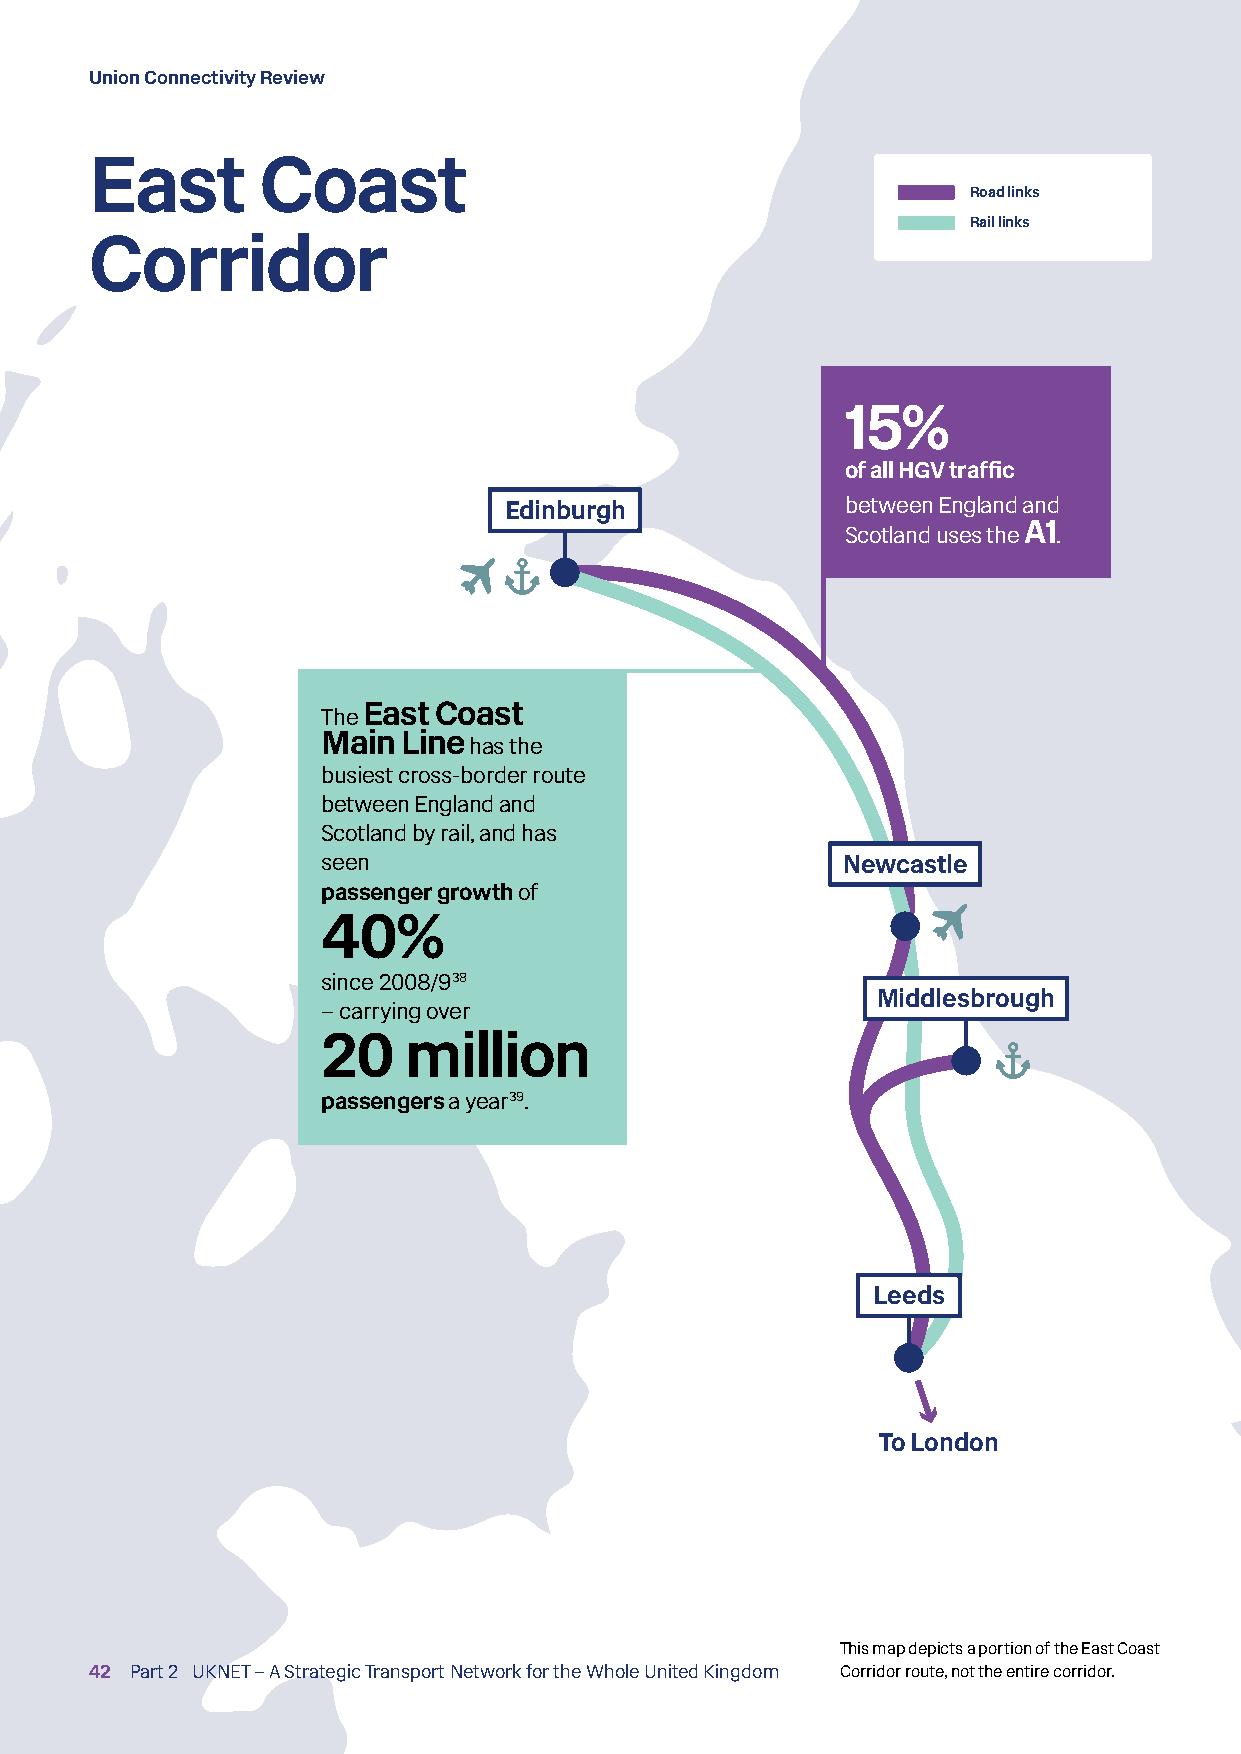
Union Connectivity Review
 East       Coast
 Road links
 Rail links
 Corridor
 15%
 of all HGV traffic
 Edinburgh              between England and
 Scotland uses the A1.
 The East Coast
 Main  Line has the
 busiest cross-border route
 between England and
 Scotland by rail, and has
 seen                               Newcastle
 passenger growth of
 40%
 since 2008/938
 Middlesbrough
 – carrying over
 20    million
 passengers a year39.
 Leeds
 To London
 This map depicts a portion of the East Coast
 42 Part 2 UKNET – A Strategic Transport Network for the Whole United Kingdom Corridor route, not the entire corridor.